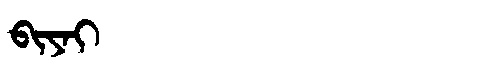
Manchu: ᠪᡳᠶᠠᡳ
Romanization: BIYAI